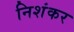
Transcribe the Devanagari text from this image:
निशंकर